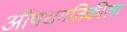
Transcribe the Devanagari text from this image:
औषधगतिकीला